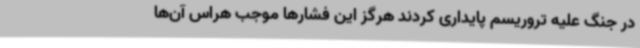
در جنگ علیه تروریسم پایداری کردند هرگز این فشارها موجب هراس آن‌ها